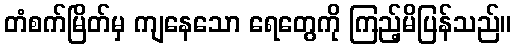
တံစက်မြိတ်မှ ကျနေသော ရေတွေကို ကြည့်မိပြန်သည်။